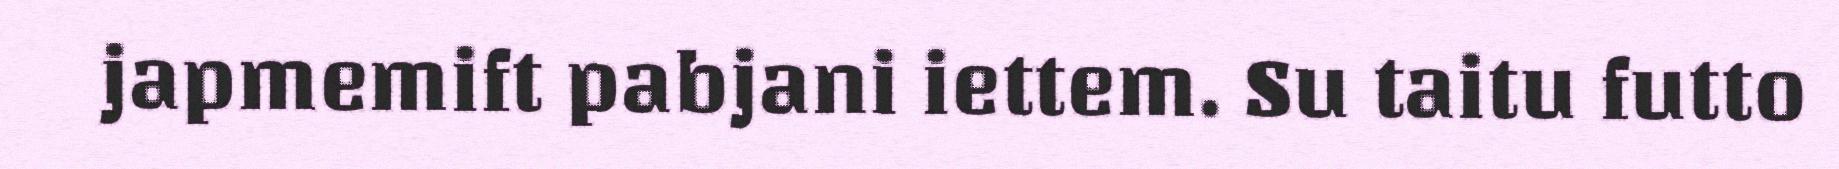
japmemift pabjani iettem. Su taitu futto